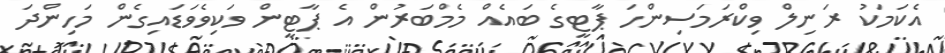
އެކަމަކު ރަނިލް ވިކްރަމަސިންހަ ޕާޓީގެ ބައެއް މެމްބަރުން އެ ޕާޓީން ވަކިވެވަޑައިގެން މަހިންދަ